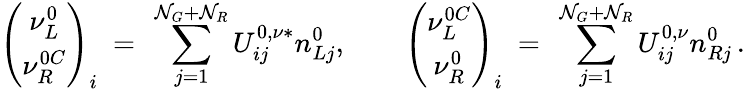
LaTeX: \left(\begin{array}{c}{{\nu_{L}^{0}}}\\ {{\nu_{R}^{0C}}}\end{array}\right)_{i}\ =\ \sum_{j=1}^{\mathcal{N}_{G}+\mathcal{N}_{R}}U_{ij}^{0,\nu*}n_{Lj}^{0},\qquad\left(\begin{array}{c}{{\nu_{L}^{0C}}}\\ {{\nu_{R}^{0}}}\end{array}\right)_{i}\ =\ \sum_{j=1}^{\mathcal{N}_{G}+\mathcal{N}_{R}}U_{ij}^{0,\nu}n_{Rj}^{0}\, .